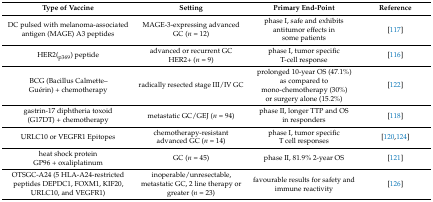
<table><thead><tr><td><b>Type of Vaccine</b></td><td><b>Setting</b></td><td><b>Primary End-Point</b></td><td><b>Reference </b></td></tr></thead><tbody><tr><td>DC pulsed with melanoma-associated antigen (MAGE) A3 peptides</td><td>MAGE-3-expressing advanced GC (<i>n</i> = 12)</td><td>phase I, safe and exhibits antitumor effects in some patients</td><td>[117]</td></tr><tr><td>HER2(<sub>p369</sub>) peptide</td><td>advanced or recurrent GC HER2+ (<i>n</i> = 9)</td><td>phase I, tumor specific T-cell response</td><td>[116]</td></tr><tr><td>BCG (Bacillus Calmette–Guérin) + chemotherapy</td><td>radically resected stage III/IV GC</td><td>prolonged 10-year OS (47.1%) as compared to mono-chemotherapy (30%) or surgery alone (15.2%)</td><td>[122]</td></tr><tr><td>gastrin-17 diphtheria toxoid (G17DT) + chemotherapy</td><td>metastatic GC/GEJ (<i>n</i> = 94)</td><td>phase II, longer TTP and OS in responders</td><td>[118]</td></tr><tr><td>URLC10 or VEGFR1 Epitopes</td><td>chemotherapy-resistant advanced GC (<i>n</i> = 14)</td><td>phase I, tumor specific T cell responses</td><td>[120,124]</td></tr><tr><td>heat shock protein GP96 + oxaliplatinum</td><td>GC (<i>n</i> = 45)</td><td>phase II, 81.9% 2-year OS</td><td>[121]</td></tr><tr><td>OTSGC-A24 (5 HLA-A24-restricted peptides DEPDC1, FOXM1, KIF20, URLC10, and VEGFR1)</td><td>inoperable/unresectable, metastatic GC, 2 line therapy or greater (<i>n</i> = 23)</td><td>favourable results for safety and immune reactivity</td><td>[126]</td></tr></tbody></table>